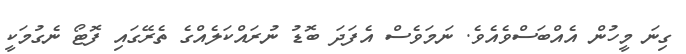
ގިނަ މީހުން އެއްބަސްވެއެވެ. ނަމަވެސް އެފަދަ ބޮޑު ނުރައްކަލެއްގެ ތެރޭގައި ފޮޓޯ ނެގުމަކީ